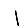
Digit: 1